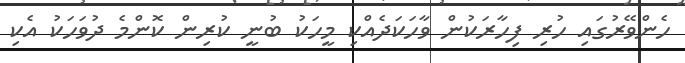
ހެންވޭރުގައި ހުރި ފިހާރަކުން ވާހަކަދެއްކި މީހަކު ބުނީ ކުރިން ކޮންމެ ދުވަހަކު އެކި